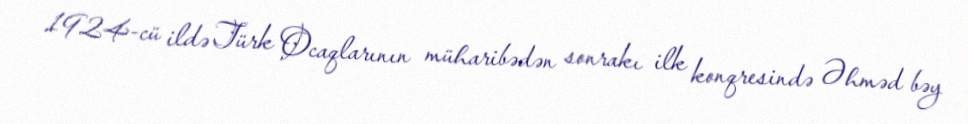
1924-cü ildə Türk Ocaqlarının müharibədən sonrakı ilk konqresində Əhməd bəy